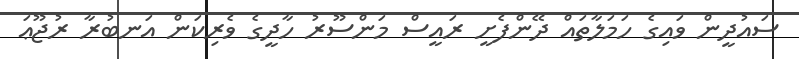
ސައުދީން ވައިގެ ހަމަލާތައް ދޭންފެށީ ރައީސް މަންސޫރު ހާދީގެ ވެރިކަން އަނބުރާ ރުޖޫޢަ